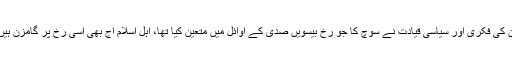
ان کی فکری اور سیاسی قیادت نے سوچ کا جو رخ بیسویں صدی کے اوائل میں متعین کیا تھا، اہلِ اسلام آج بھی اسی رخ پر گامزن ہیں۔